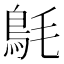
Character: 𩿘